Newspaper: Daily Yellowstone journal. [volume]
Place of publication: Miles City, Mont.
Publisher: W.D. Knight
Date: 1885-08-11 00:00:00
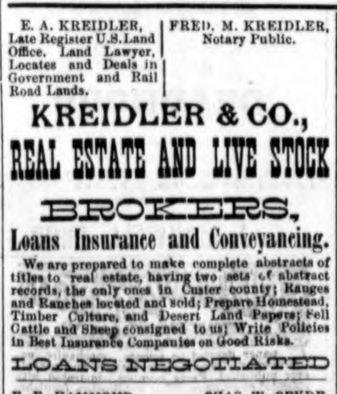
Advertisement text (OCR):
V A VRWIRfl 1f Wi wr3ln3 Wt v E. A. KRXIDLER, I FREII. M. KRKIDLER, l-te Ktlgistr U.S. Land I Notary Public. (Mest. Land Lawyer, I L~ocate and Deals In| Government and Hall Road Leads. I KREMDER & CO., Sm ITM I m ns [Am i1miuee iM Coiveyuacing.
Label: text-only